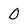
Character: 0